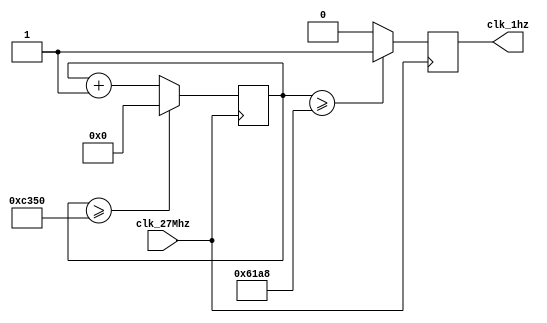
`timescale 1ns / 1ps
//////////////////////////////////////////////////////////////////////////////////
// Company: 
// Engineer: 
// 
// Design Name: 
// Module Name:    clk_divider 
// Project Name: 
// Target Devices: 
// Tool versions: 
// Description: 
//
// Dependencies: 
//
// Revision: 
// Revision 0.01 - File Created
// Additional Comments: 
//
//////////////////////////////////////////////////////////////////////////////////
module clk_divider(clk_27Mhz, clk_1hz);
input clk_27Mhz; // user clock
output clk_1hz; // divided clock
reg [25:0] count; // counter, is bigger then we need in case you wanna play with it
reg clk_1hz; // don't forget the register

initial // This describes what to do as soon as machine turns on
begin
clk_1hz<=0; // resetting everything
count<=0;
end

always @(posedge clk_27Mhz) // whenever a rising edge of 27 MHz happens, do:
begin
// This is just a counter:
if (count >= 50_000)
count <= 0;
else
count <= count + 1;
// counter ends here


// this guy decides if it should be 0 or 1
clk_1hz <= count >= (25_000) ? 1 : 0;

end

endmodule